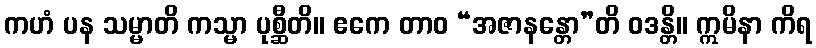
ကဟံ ပန သမ္မာတိ ကသ္မာ ပုစ္ဆီတိ။ ဧကေ တာဝ “အဇာနန္တော”တိ ဝဒန္တိ။ ဣမိနာ ကိရ